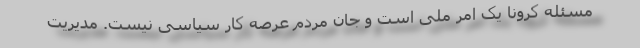
مسئله کرونا یک امر ملی است و جان مردم عرصه کار سیاسی نیست. مدیریت